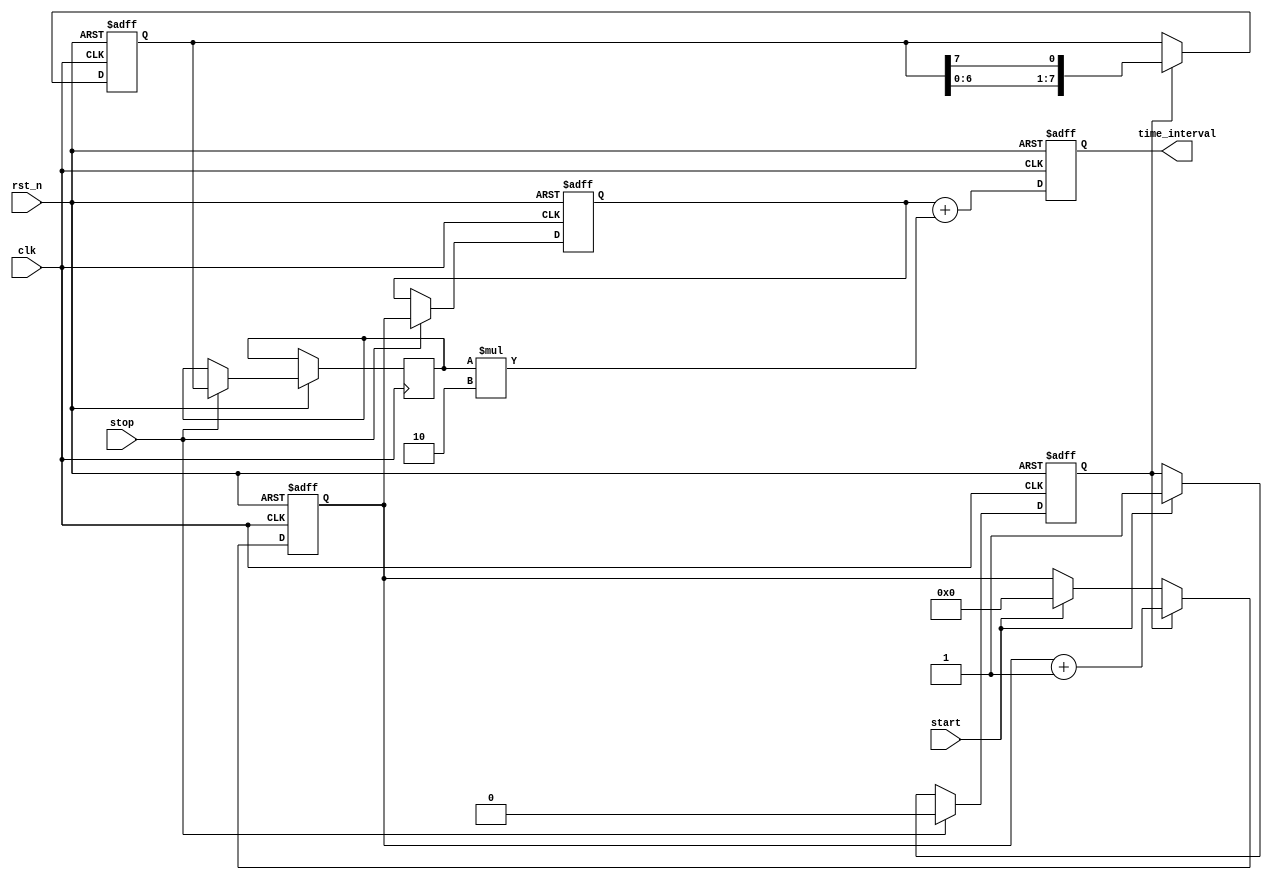
module TDC (
    input wire clk,            // Clock input
    input wire rst_n,         // Active low reset
    input wire start,         // Start event signal
    input wire stop,          // Stop event signal
    output reg [15:0] time_interval // Time interval output
);

    // Parameters for the TDC
    parameter NUM_DELAY_LINES = 8;    // Number of delay lines
    parameter DELAY_INCREMENT = 2;     // Delay increment in clock cycles
    parameter COUNTER_WIDTH = 16;      // Width of the counter

    // Internal signals
    reg [COUNTER_WIDTH-1:0] counter;   // Coarse measurement counter
    reg [NUM_DELAY_LINES-1:0] delay_out; // Outputs from Vernier delay lines
    reg [COUNTER_WIDTH-1:0] coarse_count; // Coarse count from counter
    reg [NUM_DELAY_LINES-1:0] fine_measurement; // Fine measurement from delay lines
    reg capturing;                     // Flag to indicate capturing state
    reg [15:0] fine_count;             // Fine count for the TDC output

    // Vernier Delay Line Implementation
    // This example assumes a simple delay mechanism; in practice, this would be more complex
    always @(posedge clk or negedge rst_n) begin
        if (!rst_n) begin
            delay_out <= 0;
        end else if (capturing) begin
            // Simulated delay lines that output based on the Start and Stop events
            delay_out <= {delay_out[NUM_DELAY_LINES-2:0], delay_out[NUM_DELAY_LINES-1]}; // Shift example
        end
    end

    // Counter logic
    always @(posedge clk or negedge rst_n) begin
        if (!rst_n) begin
            counter <= 0;
            coarse_count <= 0;
            capturing <= 0;
            time_interval <= 0;
        end else begin
            if (start) begin
                counter <= 0;
                capturing <= 1; // Start capturing the time
            end
            
            if (capturing) begin
                counter <= counter + 1; // Increment counter while capturing
            end
            
            if (stop) begin
                coarse_count <= counter; // Capture coarse count
                capturing <= 0; // Stop capturing
                fine_measurement <= delay_out; // Capture fine measurement from delay lines
            end
            
            // Combine coarse and fine measurements to form the final time interval
            fine_count = fine_measurement * DELAY_INCREMENT; // Convert fine measurement to time (example)
            time_interval <= coarse_count + fine_count; // Total time interval
        end
    end

endmodule